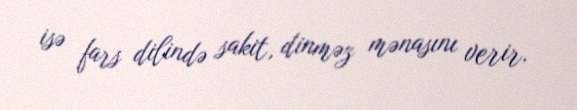
isə fars dilində sakit, dinməz mənasını verir.